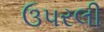
ઉપરલી